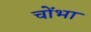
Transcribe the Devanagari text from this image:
चोंभा